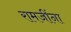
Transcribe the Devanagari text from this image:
रामजींना